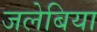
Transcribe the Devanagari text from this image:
जलेबिया